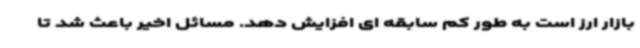
بازار ارز است به طور کم سابقه ای افزایش دهد. مسائل اخیر باعث شد تا